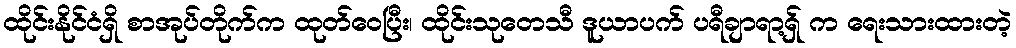
ထိုင်းနိုင်ငံရှိ စာအုပ်တိုက်က ထုတ်ဝေပြီး၊ ထိုင်းသုတေသီ ဒူယာပက် ပရီချာရာ့ရှ် က ရေးသားထားတဲ့